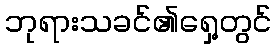
ဘုရားသခင်၏ရှေ့တွင်